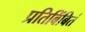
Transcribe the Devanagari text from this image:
प्रतिबिंबितं